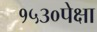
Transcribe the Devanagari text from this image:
१५३०पेक्षा